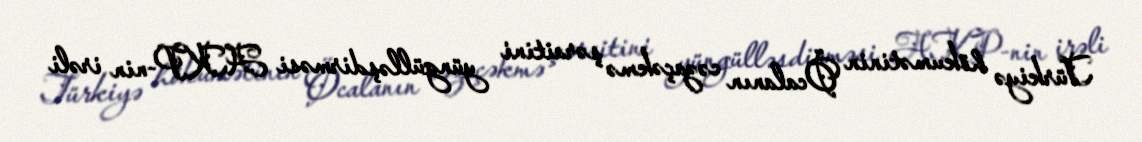
Türkiyə hökumətinin Öcalanın cəzaçəkmə şəraitini yüngülləşdirməsi AKP-nin irəli